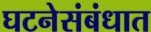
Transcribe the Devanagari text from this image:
घटनेसंबंधात